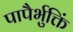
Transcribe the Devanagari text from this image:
पापैर्भुक्तिं